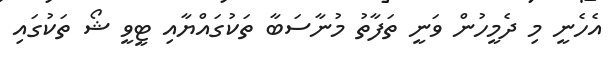
އެހެނީ މި ދެމީހުން ވަނީ ތަފާތު މުނާސަބާ ތަކުގައްޔާއި ޓީވީ ޝޯ ތަކުގައި